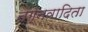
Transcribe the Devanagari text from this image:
नग्नवादिता